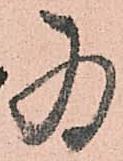
為